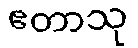
ဧတာသု